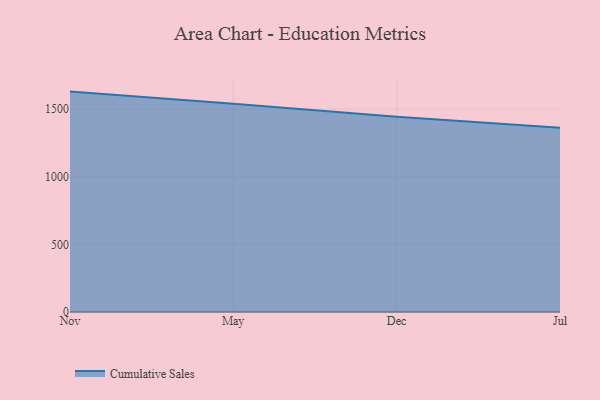
{"axis": {"x": "Month", "y": "Temperature (°C)"}, "legend": ["Cumulative Sales"], "data": [{"x": "Nov", "y": 1629.9, "type": "Cumulative Sales"}, {"x": "May", "y": 1540.8, "type": "Cumulative Sales"}, {"x": "Dec", "y": 1443.8, "type": "Cumulative Sales"}, {"x": "Jul", "y": 1363.3, "type": "Cumulative Sales"}]}